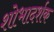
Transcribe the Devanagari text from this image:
शोभादर्शक